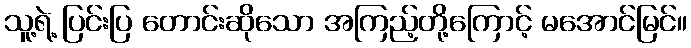
သူ့ရဲ့ ပြင်းပြ တောင်းဆိုသော အကြည့်တို့ကြောင့် မအောင်မြင်။